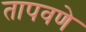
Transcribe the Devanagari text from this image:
तापवणे